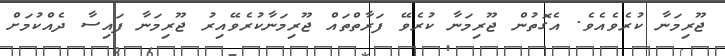
ޖޫރިމަނާ ކުރެވެއެވެ. އެގޮތުން ޖޫރިމަނާ ކުރެވޭ ފަރާތްތައް ޖޫރިމަނާކުރެވޭއިރު ޖޫރިމަނާ ފައިސާ ދެއްކުމަށް